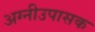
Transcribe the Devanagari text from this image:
अग्नीउपासक